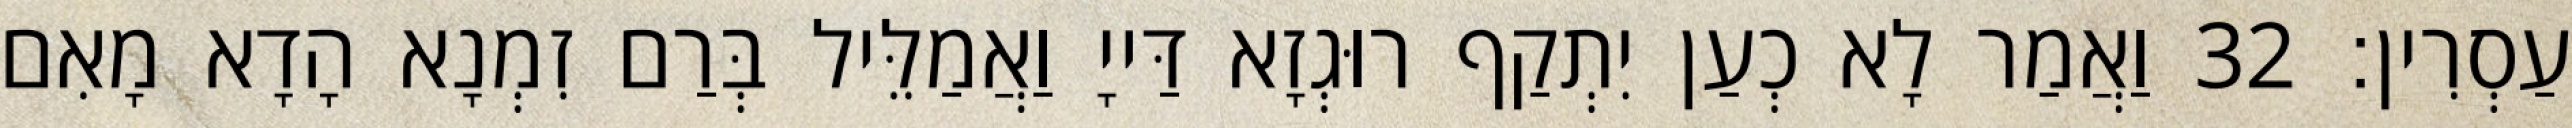
עַסְרִין׃ 32 וַאֲמַר לָא כְעַן יִתְקַף רוּגְזָא דַּייָ וַאֲמַלֵּיל בְּרַם זִמְנָא הָדָא מָאִם